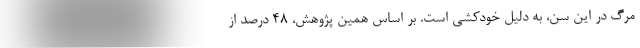
مرگ در این سن، به دلیل خودکشی است. بر اساس همین پژوهش، ۴۸ درصد از